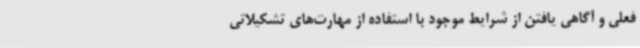
فعلی و آگاهی یافتن از شرایط موجود با استفاده از مهارت‌های تشکیلاتی